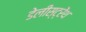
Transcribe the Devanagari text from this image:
डेलीस्ट्रेंथ